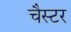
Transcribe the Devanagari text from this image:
चैस्टर